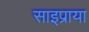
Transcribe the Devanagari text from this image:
साइप्राया